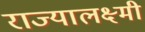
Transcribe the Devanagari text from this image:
राज्यालक्ष्मी